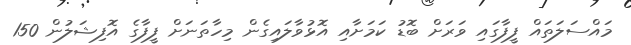
މައްސަލަތައް ފީފާގައި ވަރަށް ބޮޑު ކަމަށާއި އޮޅުވާލައިގެން މިހާތަނަށް ފީފާގެ އޮފިޝަލުން 150